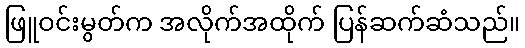
ဖြူဝင်းမွတ်က အလိုက်အထိုက် ပြန်ဆက်ဆံသည်။